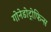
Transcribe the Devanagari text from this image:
गोनेडोट्रोफिन्स